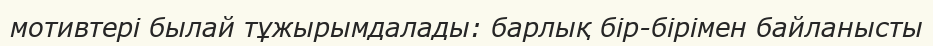
мотивтері былай тұжырымдалады: барлық бір-бірімен байланысты